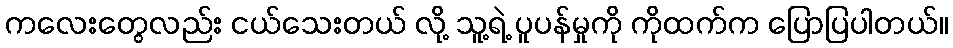
ကလေးတွေလည်း ငယ်သေးတယ် လို့ သူ့ရဲ့ ပူပန်မှုကို ကိုထက်က ပြောပြပါတယ်။